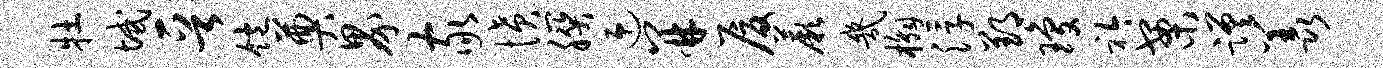
牡域晋饱奠界家愤朕迎并厦蕨几槲浮郢琼衿案蹉羡